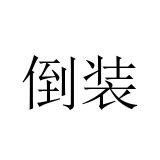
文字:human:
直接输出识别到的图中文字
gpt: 倒装